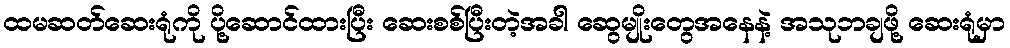
ထမဆတ်ဆေးရုံကို ပို့ဆောင်ထားပြီး ဆေးစစ်ပြီးတဲ့အခါ ဆွေမျိုးတွေအနေနဲ့ အသုဘချဖို့ ဆေးရုံမှာ